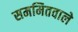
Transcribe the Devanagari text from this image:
सममितवाले